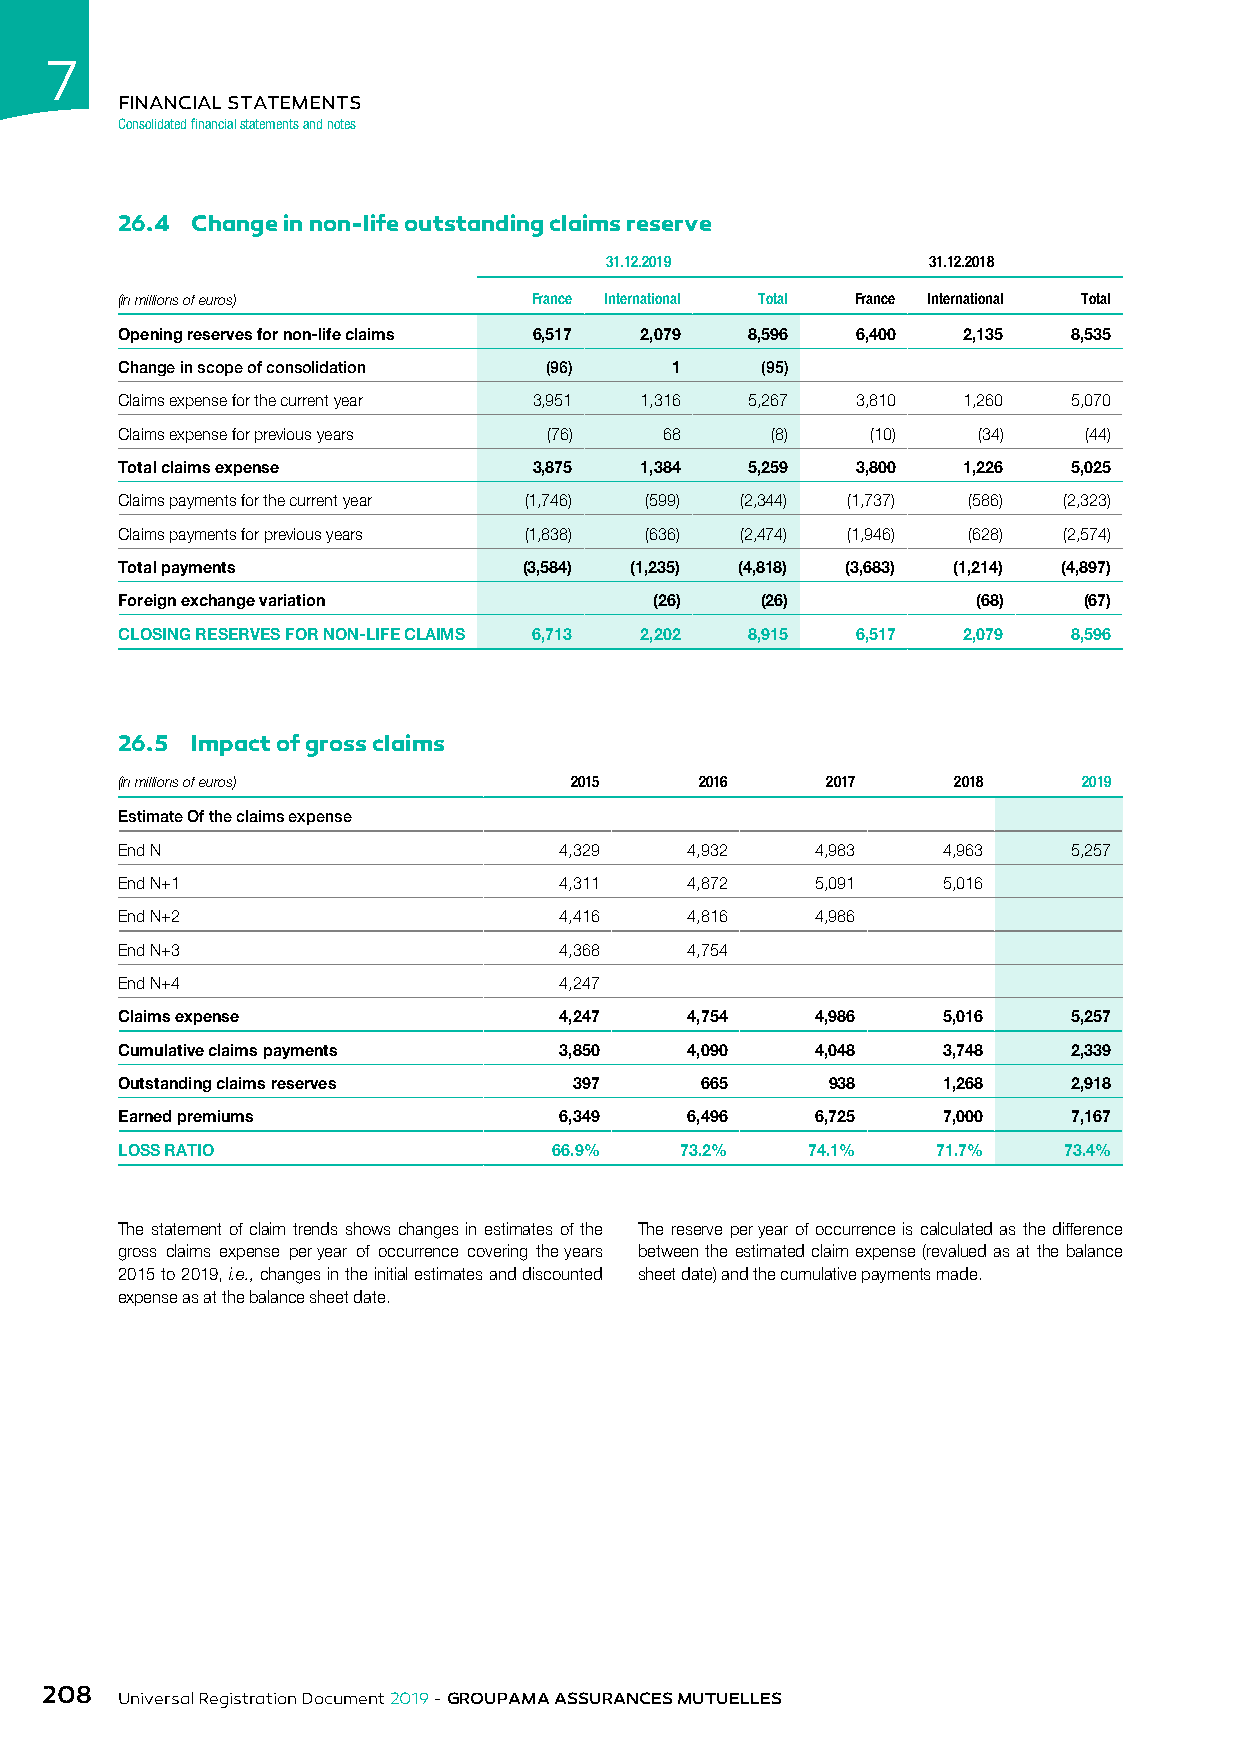
7
 FINANCIAL STATEMENTS
 Consolidated financial statements and notes
 26.4 Change in non-life outstanding claims reserve
 31.12.2019           31.12.2018
 (in millions of euros)     France International Total France International Total
 Opening reserves for non-life claims 6,517 2,079 8,596 6,400 2,135 8,535
 Change in scope of consolidation (96) 1   (95)
 Claims expense for the current year 3,951 1,316 5,267 3,810 1,260 5,070
 Claims expense for previous years (76) 68  (8)    (10)   (34)   (44)
 Total claims expense       3,875  1,384  5,259   3,800  1,226  5,025
 Claims payments for the current year (1,746) (599) (2,344) (1,737) (586) (2,323)
 Claims payments for previous years (1,838) (636) (2,474) (1,946) (628) (2,574)
 Total payments             (3,584) (1,235) (4,818) (3,683) (1,214) (4,897)
 Foreign exchange variation         (26)   (26)           (68)   (67)
 CLOSING RESERVES FOR NON-LIFE CLAIMS 6,713 2,202 8,915 6,517 2,079 8,596
 26.5 Impact of gross claims
 (in millions of euros)        2015    2016     2017    2018     2019
 Estimate Of the claims expense
 End N                        4,329   4,932    4,983   4,963    5,257
 End N+1                      4,311   4,872    5,091   5,016
 End N+2                      4,416   4,816    4,986
 End N+3                      4,368   4,754
 End N+4                      4,247
 Claims expense               4,247   4,754    4,986   5,016    5,257
 Cumulative claims payments   3,850   4,090    4,048   3,748    2,339
 Outstanding claims reserves   397     665      938    1,268    2,918
 Earned premiums              6,349   6,496    6,725   7,000    7,167
 LOSS RATIO                   66.9%   73.2%   74.1%    71.7%   73.4%
 The statement of claim trends shows changes in estimates of the The reserve per year of occurrence is calculated as the difference
 gross claims expense per year of occurrence covering the years between the estimated claim expense (revalued as at the balance
 2015 to 2019, i.e., changes in the initial estimates and discounted sheet date) and the cumulative payments made.
 expense as at the balance sheet date.
 208
 Universal Registration Document 2019 - GROUPAMA ASSURANCES MUTUELLES